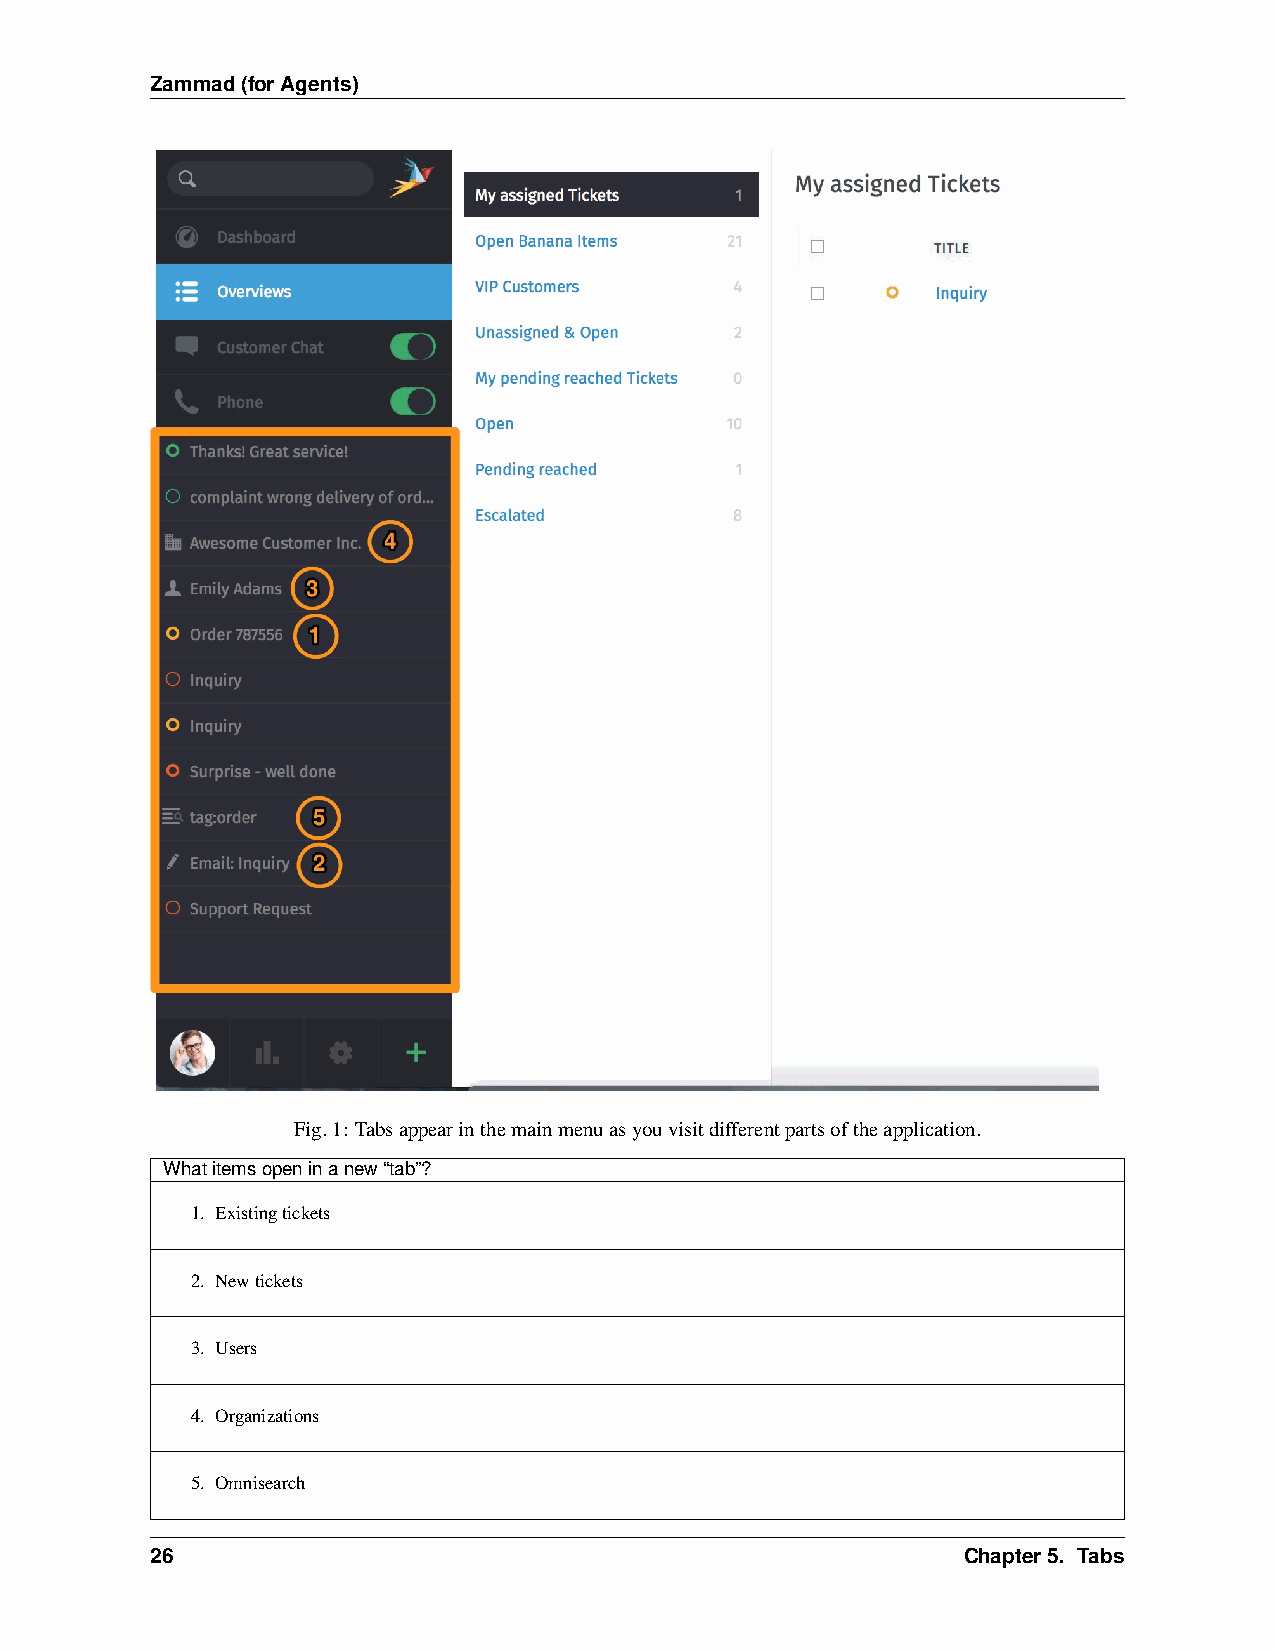
Zammad(forAgents)
 Fig.1: Tabsappearinthemainmenuasyouvisitdifferentpartsoftheapplication.
 Whatitemsopeninanew“tab”?
 1. Existingtickets
 2. Newtickets
 3. Users
 4. Organizations
 5. Omnisearch
 26                                                    Chapter5. Tabs